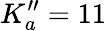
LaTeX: K_{a}^{\prime\prime}=11